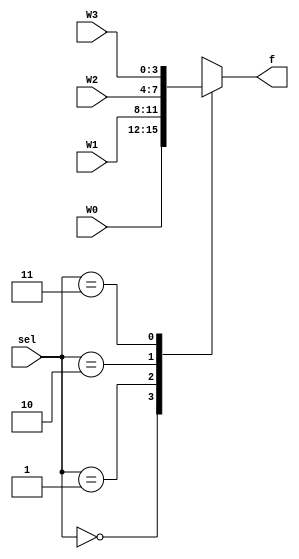
module Mux4to1(W0, W1, W2, W3, sel, f);
	input [3:0] W0, W1, W2, W3;
	input [1:0] sel;
	output reg [3:0] f = 0;
	
	always @(*) begin
		case (sel)
			0: f = W0;
			1: f = W1;
			2: f = W2;
			3: f = W3;
		endcase
	end
endmodule